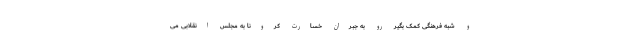
و شبه فرهنگی کمک بگیر رو به جبران خسارت کرونا به مجلس انقلابی می